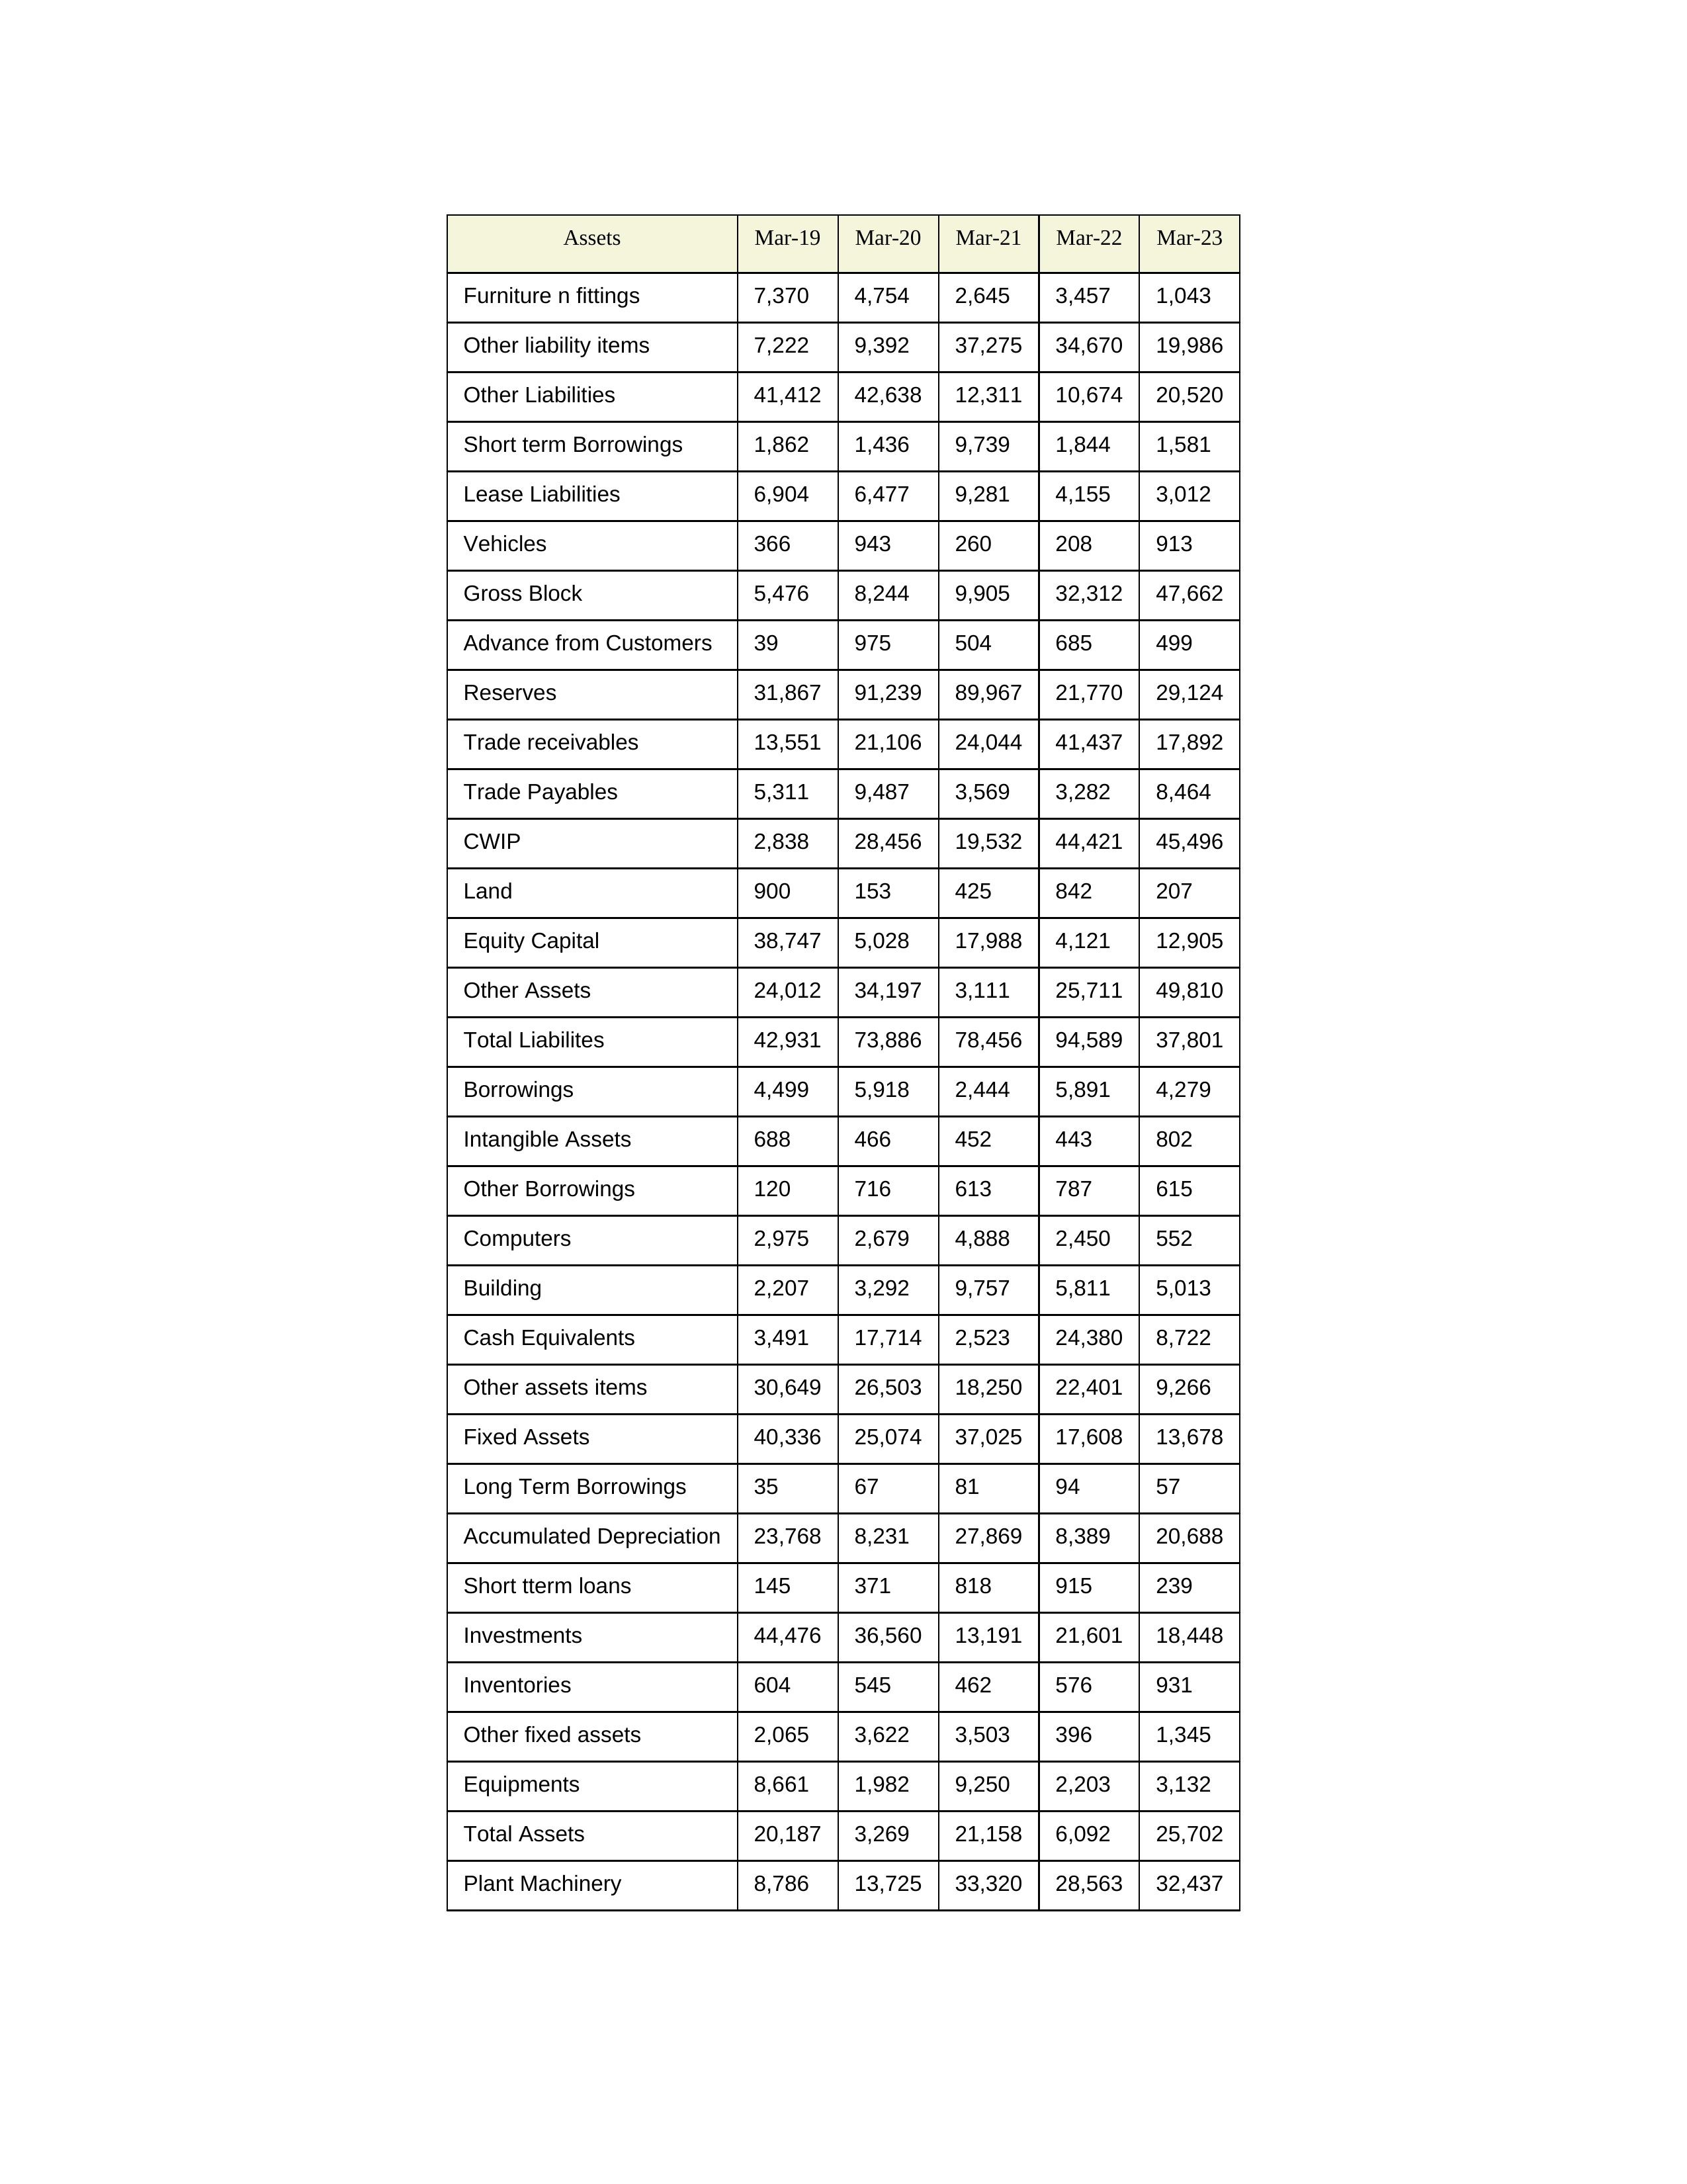
gt_parse: Mar-19: Equity Capital: 38,747
Reserves: 31,867
Borrowings: 4,499
Long Term Borrowings: 35
Short term Borrowings: 1,862
Lease Liabilities: 6,904
Other Borrowings: 120
Other Liabilities: 41,412
Trade Payables: 5,311
Advance from Customers: 39
Other liability items: 7,222
Total Liabilites: 42,931
Fixed Assets: 40,336
Land: 900
Building: 2,207
Plant Machinery: 8,786
Equipments: 8,661
Computers: 2,975
Furniture n fittings: 7,370
Vehicles: 366
Intangible Assets: 688
Other fixed assets: 2,065
Gross Block: 5,476
Accumulated Depreciation: 23,768
CWIP: 2,838
Investments: 44,476
Other Assets: 24,012
Inventories: 604
Trade receivables: 13,551
Cash Equivalents: 3,491
Short tterm loans: 145
Other assets items: 30,649
Total Assets: 20,187
Mar-20: Equity Capital: 5,028
Reserves: 91,239
Borrowings: 5,918
Long Term Borrowings: 67
Short term Borrowings: 1,436
Lease Liabilities: 6,477
Other Borrowings: 716
Other Liabilities: 42,638
Trade Payables: 9,487
Advance from Customers: 975
Other liability items: 9,392
Total Liabilites: 73,886
Fixed Assets: 25,074
Land: 153
Building: 3,292
Plant Machinery: 13,725
Equipments: 1,982
Computers: 2,679
Furniture n fittings: 4,754
Vehicles: 943
Intangible Assets: 466
Other fixed assets: 3,622
Gross Block: 8,244
Accumulated Depreciation: 8,231
CWIP: 28,456
Investments: 36,560
Other Assets: 34,197
Inventories: 545
Trade receivables: 21,106
Cash Equivalents: 17,714
Short tterm loans: 371
Other assets items: 26,503
Total Assets: 3,269
Mar-21: Equity Capital: 17,988
Reserves: 89,967
Borrowings: 2,444
Long Term Borrowings: 81
Short term Borrowings: 9,739
Lease Liabilities: 9,281
Other Borrowings: 613
Other Liabilities: 12,311
Trade Payables: 3,569
Advance from Customers: 504
Other liability items: 37,275
Total Liabilites: 78,456
Fixed Assets: 37,025
Land: 425
Building: 9,757
Plant Machinery: 33,320
Equipments: 9,250
Computers: 4,888
Furniture n fittings: 2,645
Vehicles: 260
Intangible Assets: 452
Other fixed assets: 3,503
Gross Block: 9,905
Accumulated Depreciation: 27,869
CWIP: 19,532
Investments: 13,191
Other Assets: 3,111
Inventories: 462
Trade receivables: 24,044
Cash Equivalents: 2,523
Short tterm loans: 818
Other assets items: 18,250
Total Assets: 21,158
Mar-22: Equity Capital: 4,121
Reserves: 21,770
Borrowings: 5,891
Long Term Borrowings: 94
Short term Borrowings: 1,844
Lease Liabilities: 4,155
Other Borrowings: 787
Other Liabilities: 10,674
Trade Payables: 3,282
Advance from Customers: 685
Other liability items: 34,670
Total Liabilites: 94,589
Fixed Assets: 17,608
Land: 842
Building: 5,811
Plant Machinery: 28,563
Equipments: 2,203
Computers: 2,450
Furniture n fittings: 3,457
Vehicles: 208
Intangible Assets: 443
Other fixed assets: 396
Gross Block: 32,312
Accumulated Depreciation: 8,389
CWIP: 44,421
Investments: 21,601
Other Assets: 25,711
Inventories: 576
Trade receivables: 41,437
Cash Equivalents: 24,380
Short tterm loans: 915
Other assets items: 22,401
Total Assets: 6,092
Mar-23: Equity Capital: 12,905
Reserves: 29,124
Borrowings: 4,279
Long Term Borrowings: 57
Short term Borrowings: 1,581
Lease Liabilities: 3,012
Other Borrowings: 615
Other Liabilities: 20,520
Trade Payables: 8,464
Advance from Customers: 499
Other liability items: 19,986
Total Liabilites: 37,801
Fixed Assets: 13,678
Land: 207
Building: 5,013
Plant Machinery: 32,437
Equipments: 3,132
Computers: 552
Furniture n fittings: 1,043
Vehicles: 913
Intangible Assets: 802
Other fixed assets: 1,345
Gross Block: 47,662
Accumulated Depreciation: 20,688
CWIP: 45,496
Investments: 18,448
Other Assets: 49,810
Inventories: 931
Trade receivables: 17,892
Cash Equivalents: 8,722
Short tterm loans: 239
Other assets items: 9,266
Total Assets: 25,702